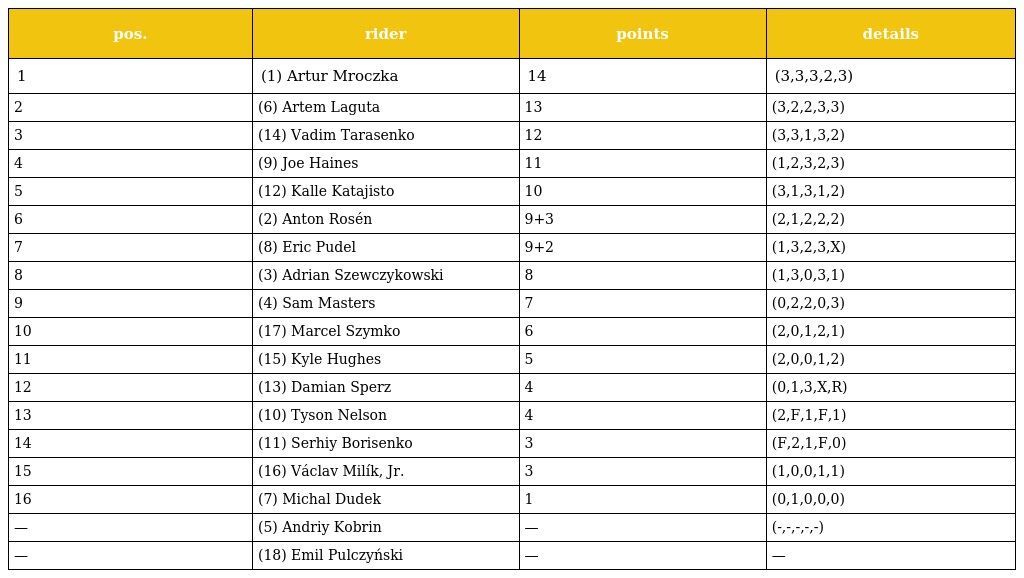
| pos. | rider | points | details |
 | --- | --- | --- | --- |
 | 1 | (1) Artur Mroczka | 14 | (3,3,3,2,3) |
 | 2 | (6) Artem Laguta | 13 | (3,2,2,3,3) |
 | 3 | (14) Vadim Tarasenko | 12 | (3,3,1,3,2) |
 | 4 | (9) Joe Haines | 11 | (1,2,3,2,3) |
 | 5 | (12) Kalle Katajisto | 10 | (3,1,3,1,2) |
 | 6 | (2) Anton Rosén | 9+3 | (2,1,2,2,2) |
 | 7 | (8) Eric Pudel | 9+2 | (1,3,2,3,X) |
 | 8 | (3) Adrian Szewczykowski | 8 | (1,3,0,3,1) |
 | 9 | (4) Sam Masters | 7 | (0,2,2,0,3) |
 | 10 | (17) Marcel Szymko | 6 | (2,0,1,2,1) |
 | 11 | (15) Kyle Hughes | 5 | (2,0,0,1,2) |
 | 12 | (13) Damian Sperz | 4 | (0,1,3,X,R) |
 | 13 | (10) Tyson Nelson | 4 | (2,F,1,F,1) |
 | 14 | (11) Serhiy Borisenko | 3 | (F,2,1,F,0) |
 | 15 | (16) Václav Milík, Jr. | 3 | (1,0,0,1,1) |
 | 16 | (7) Michal Dudek | 1 | (0,1,0,0,0) |
 | — | (5) Andriy Kobrin | — | (-,-,-,-,-) |
 | — | (18) Emil Pulczyński | — | — |